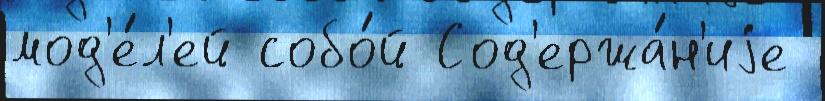
мод'е́л'ей собо́й Сод'ержа́н'иjе